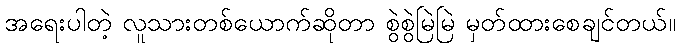
အရေးပါတဲ့ လူသားတစ်ယောက်ဆိုတာ စွဲစွဲမြဲမြဲ မှတ်ထားစေချင်တယ်။